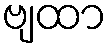
ဗျထာ